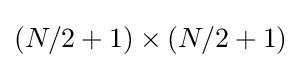
(N/2+1)\times (N/2+1)